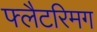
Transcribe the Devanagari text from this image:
फ्लैटरिमग